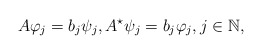
\begin{align*}A \varphi_j=b_j\psi_j, A^{\star}\psi_j=b_j \varphi_j, j \in \mathbb{N},\end{align*}